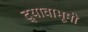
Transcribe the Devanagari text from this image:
द्यावाभूमी